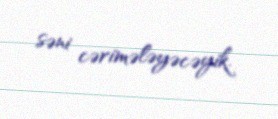
səni cərimələyəcəyik.